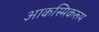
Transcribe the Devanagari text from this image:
आकस्मिकरूप